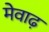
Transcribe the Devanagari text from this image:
मेवाढ़